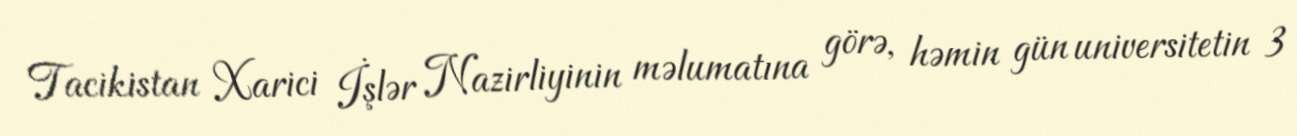
Tacikistan Xarici İşlər Nazirliyinin məlumatına görə, həmin gün universitetin 3